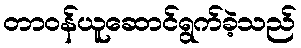
တာဝန်ယူဆောင်ရွက်ခဲ့သည်